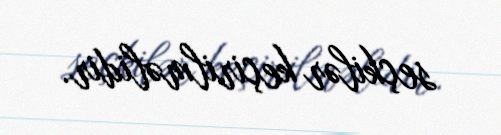
seçkilər keçirilməlidir.